Lunatic asylums Punjab 1881-1894 - 1881-1894
Year: 1881
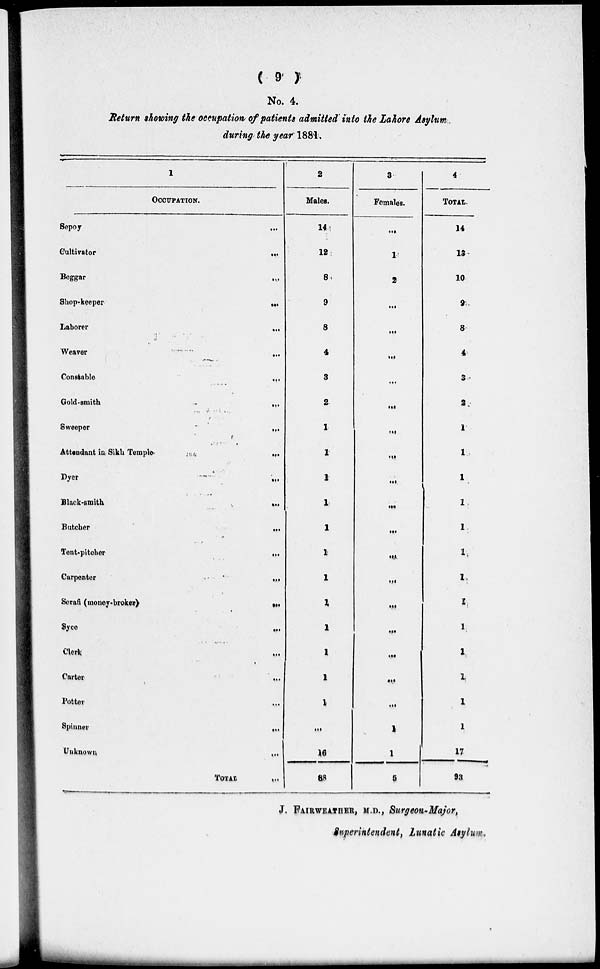
( 9 )
No. 4.
Return showing the occupation of patients admitted into tie Lahore Asylum
during the year 1881.
1
OCCUPATION.
Sepoy...
Cultivator...
Beggar...
Shop-keeper...
Laborer...
Weaver
...
Constable
...
Gold-smith
...
Sweeper...
Attendant in. Sikh
Temple.
...
Dyer
...
Black-smith....
Butcher
...
Tent-pitoher...
Carpenter...
Serafi (money-broker)
...
Syco...
Clerk
...
Carter
...
Potter...
Spiuner...
Unknown...
TOTAL ...
2
Males.
14
12
8
9
8
4
3
2
1
1
1
1
1
1
1
1
1
1
1
1
...
16
88
3
Females.
...
1
2
...
...
...
...
...
...
...
...
...
...
...
...
...
...
...
...
...
1
1
5
4
TOTAL.
14
13
10
9
8
4
3
2
1
1
1
1
1
1
1
1
1
1
1
1
1
17
93
J. FAIRWEITHER, M.D., Surgeon-Major,
Superintendent, lunatic Asylum,